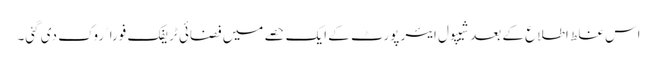
اس غلط اطلاع کے بعد شیپول ایئر پورٹ کے ایک حصے میں فضائی ٹریفک فوراﹰ روک دی گئی۔